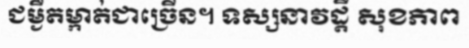
ជម្ងឺតម្កាត់ជាច្រើន។ ទស្សនាវដ្តី សុខភាព